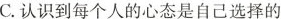
C.认识到每个人的心态是自己选择的